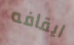
ايقافه